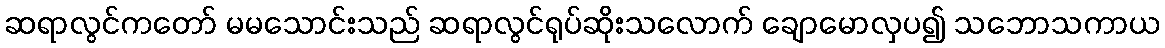
ဆရာလွင်ကတော် မမသောင်းသည် ဆရာလွင်ရုပ်ဆိုးသလောက် ချောမောလှပ၍ သဘောသကာယ